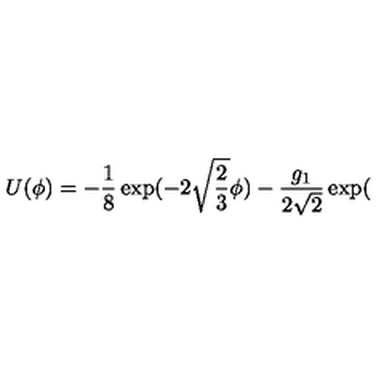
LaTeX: U ( \phi ) = - \frac { 1 } { 8 } \exp ( - 2 \sqrt { \frac 2 3 } \phi ) - \frac { g _ { 1 } } { 2 \sqrt { 2 } } \exp (